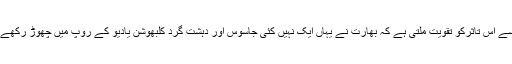
اس سے اس تاثرکو تقویت ملتی ہے کہ بھارت نے یہاں ایک نہیں کئی جاسوس اور دہشت گرد کلبھوشن یادیو کے روپ میں چھوڑ رکھے ہیں۔